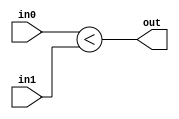
module coreir_slt #(
    parameter width = 1
) (
    input [width-1:0] in0,
    input [width-1:0] in1,
    output out
);
  assign out = $signed(in0) < $signed(in1);
endmodule

module coreir_slt8_wrapped (
    input [7:0] I0,
    input [7:0] I1,
    output O
);
wire coreir_slt8_inst0_out;
coreir_slt #(
    .width(8)
) coreir_slt8_inst0 (
    .in0(I0),
    .in1(I1),
    .out(coreir_slt8_inst0_out)
);
assign O = coreir_slt8_inst0_out;
endmodule